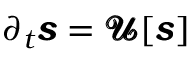
\begin{array} { r } { \partial _ { t } \pmb { s } = \pmb { \mathcal { U } } [ \pmb { s } ] } \end{array}